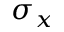
\sigma _ { x }